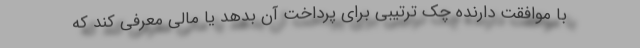
با موافقت دارنده چک ترتیبی برای پرداخت آن بدهد یا مالی معرفی کند که